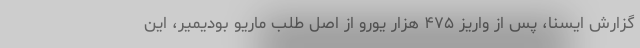
گزارش ایسنا، پس از واریز ۴٧۵ هزار یورو از اصل طلب ماریو بودیمیر، این